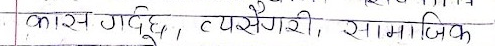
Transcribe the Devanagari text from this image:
कास गहुँ, टपरी, सामाजिक